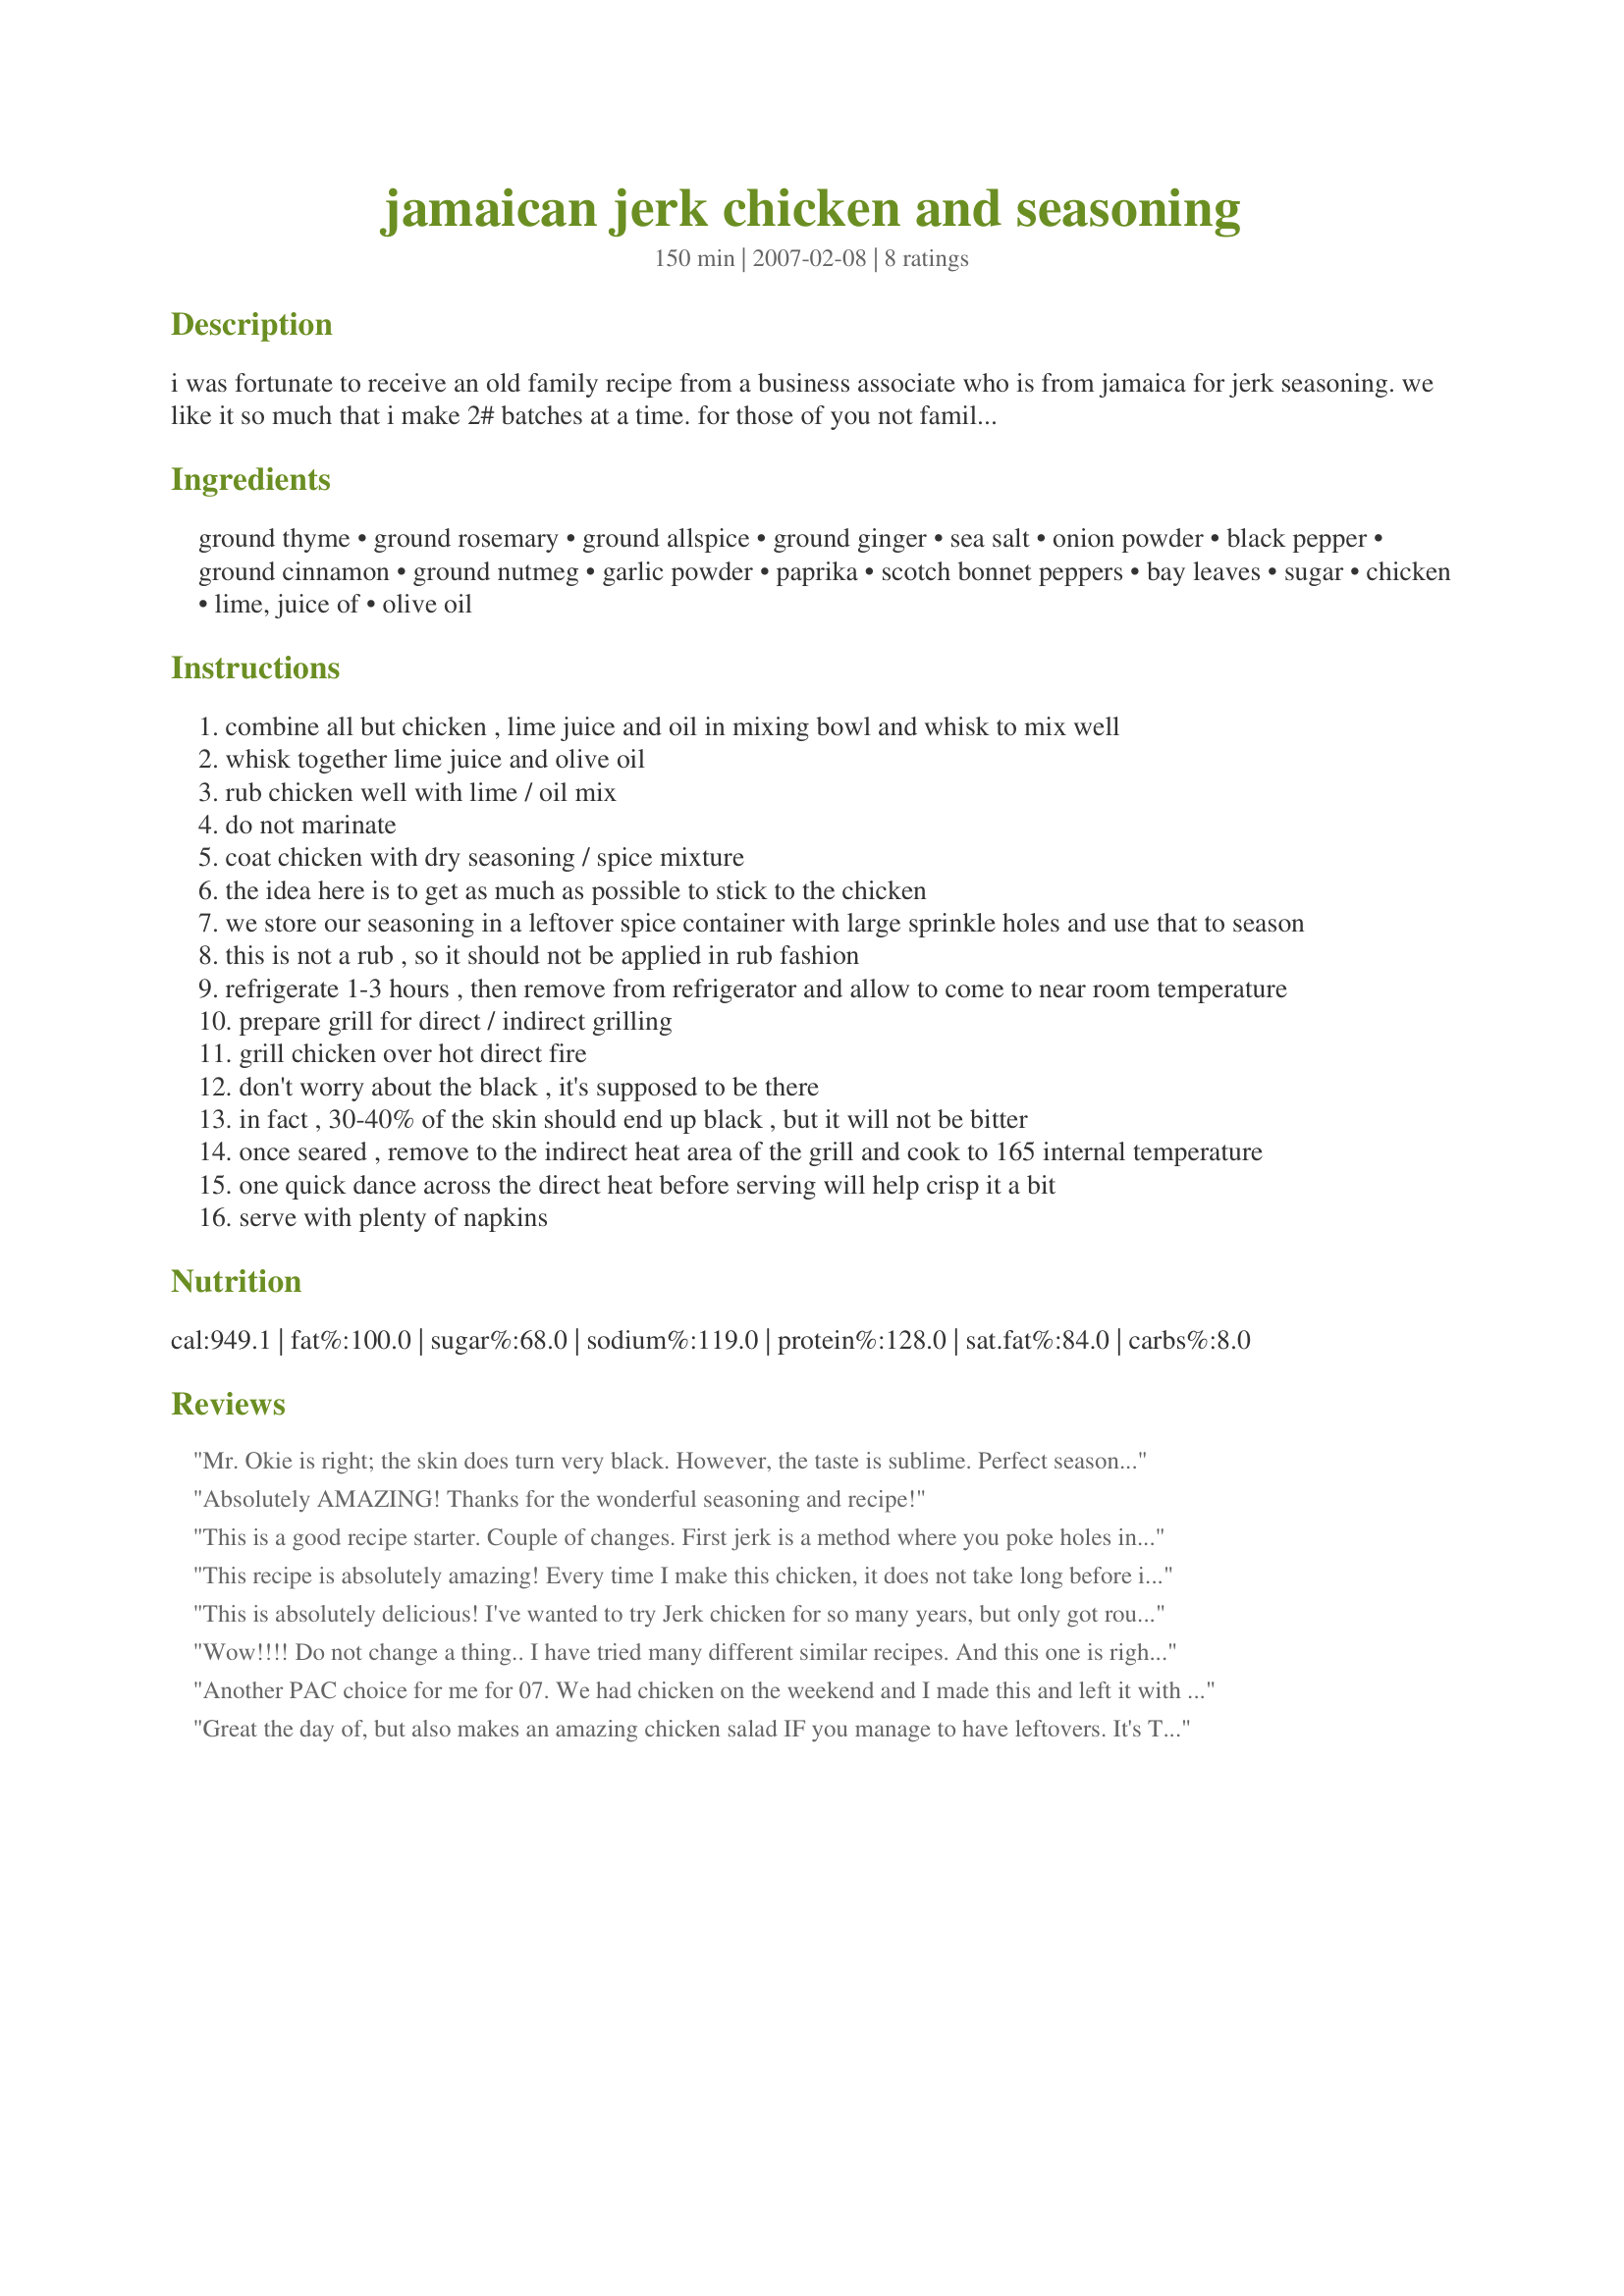
jamaican jerk chicken and seasoning
Preparation time: 150 minutes

i was fortunate to receive an old family recipe from a business associate who is from jamaica for jerk seasoning. we like it so much that i make 2# batches at a time.

for those of you not familiar with jerk, it is a spicy, sweet, tangy and hot seasoning for grilled meat, pork and chicken particularly.

this spice blend recipe will make enough for several batches, but remember, the idea is to put as much on the meat as you can get to stick.

Ingredients:
ground thyme, ground rosemary, ground allspice, ground ginger, sea salt, onion powder, black pepper, ground cinnamon, ground nutmeg, garlic powder, paprika, scotch bonnet peppers, bay leaves, sugar, chicken, lime, juice of, olive oil

Steps:
combine all but chicken , lime juice and oil in mixing bowl and whisk to mix well
whisk together lime juice and olive oil
rub chicken well with lime / oil mix
do not marinate
coat chicken with dry seasoning / spice mixture
the idea here is to get as much as possible to stick to the chicken
we store our seasoning in a leftover spice container with large sprinkle holes and use that to season
this is not a rub , so it should not be applied in rub fashion
refrigerate 1-3 hours , then remove from refrigerator and allow to come to near room temperature
prepare grill for direct / indirect grilling
grill chicken over hot direct fire
don't worry about the black , it's supposed to be there
in fact , 30-40% of the skin should end up black , but it will not be bitter
once seared , remove to the indirect heat area of the grill and cook to 165 internal temperature
one quick dance across the direct heat before serving will help crisp it a bit
serve with plenty of napkins

Reviews:
Mr. Okie is right; the skin does turn very black. However, the taste is sublime. Perfect seasoning blend and great grilling tips. This was delicious. After reviewing the recipe I realize I forgot to add the sugar still wonderful. Thanks for posting a keeper. For PAC.
Absolutely AMAZING! Thanks for the wonderful seasoning and recipe!
This is a good recipe starter. Couple of changes. First jerk is a method where you poke holes in the meat eg. with a metal skewer in order to help get the flavor in. Second, YES you DO want to marinade the meat after you skewer it.
I modified this recipe as follows: 2 tsp pepper, 2 tsp paprika, 2 Tblsp sugar instead of 1/3 cup, double the olive oil, min. double the crushed peppers, use 2 tsp crushed garlic in oil in addition.
Makes enough handle 2 batches of 2.5lbs of drumlets and wings in gallon ziplock bags -- mix well and let sit for at least 2 hrs to marinade before BBQ&#039;ing. Care not to overburn, but blackened is ok.
This recipe is absolutely amazing! Every time I make this chicken, it does not take long before it is gone. I have added this mix to my box, and will continue to use it as I make jerk chicken. I have never heard a bad thing from those that have tasted the chicken. In fact, I am going to make some more in a couple of weeks. Thanks for sharing this recipe!!!!!
This is absolutely delicious! I've wanted to try Jerk chicken for so many years, but only got round to it with this recipe. This tasted absolutely fabulous and the chicken was so tender and juicy! Definitely a winner!
Wow!!!!
Do not change a thing.. I have tried many different similar recipes.
And this one is right on perfect.
And is now are go to seasoning at are restaurant. We get so many compliments every night.
Thank you.... john w.
Another PAC choice for me for 07. We had chicken on the weekend and I made this and left it with DD. I am visiting in Canada right now. I will make this again for sure! It would make a great gift for Christmas. Great, bold taste. But not over powering.
Great the day of, but also makes an amazing chicken salad IF you manage to have leftovers. It's THAT good!
